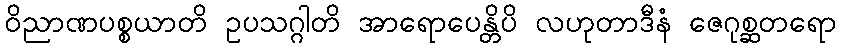
ဝိညာဏပစ္စယာတိ ဥပသဂ္ဂါတိ အာရောပေန္တိပိ လဟုတာဒီနံ ဇေဂုစ္ဆတရော